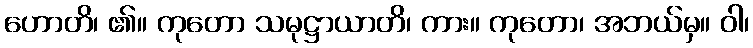
ဟောတိ၊ ၏။ ကုတော သမုဋ္ဌာယာတိ၊ ကား။ ကုတော၊ အဘယ်မှ။ ဝါ၊